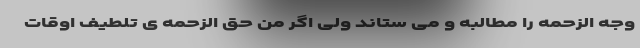
وجه الزحمه را مطالبه و می ستاند ولی اگر من حق الزحمه ی تلطیف اوقات